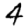
Digit: 4